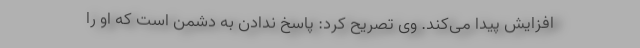
افزایش پیدا می‌کند. وی تصریح کرد: پاسخ ندادن به دشمن است که او را